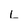
Character: L